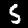
Label: 5